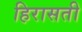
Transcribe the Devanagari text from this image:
हिरासती